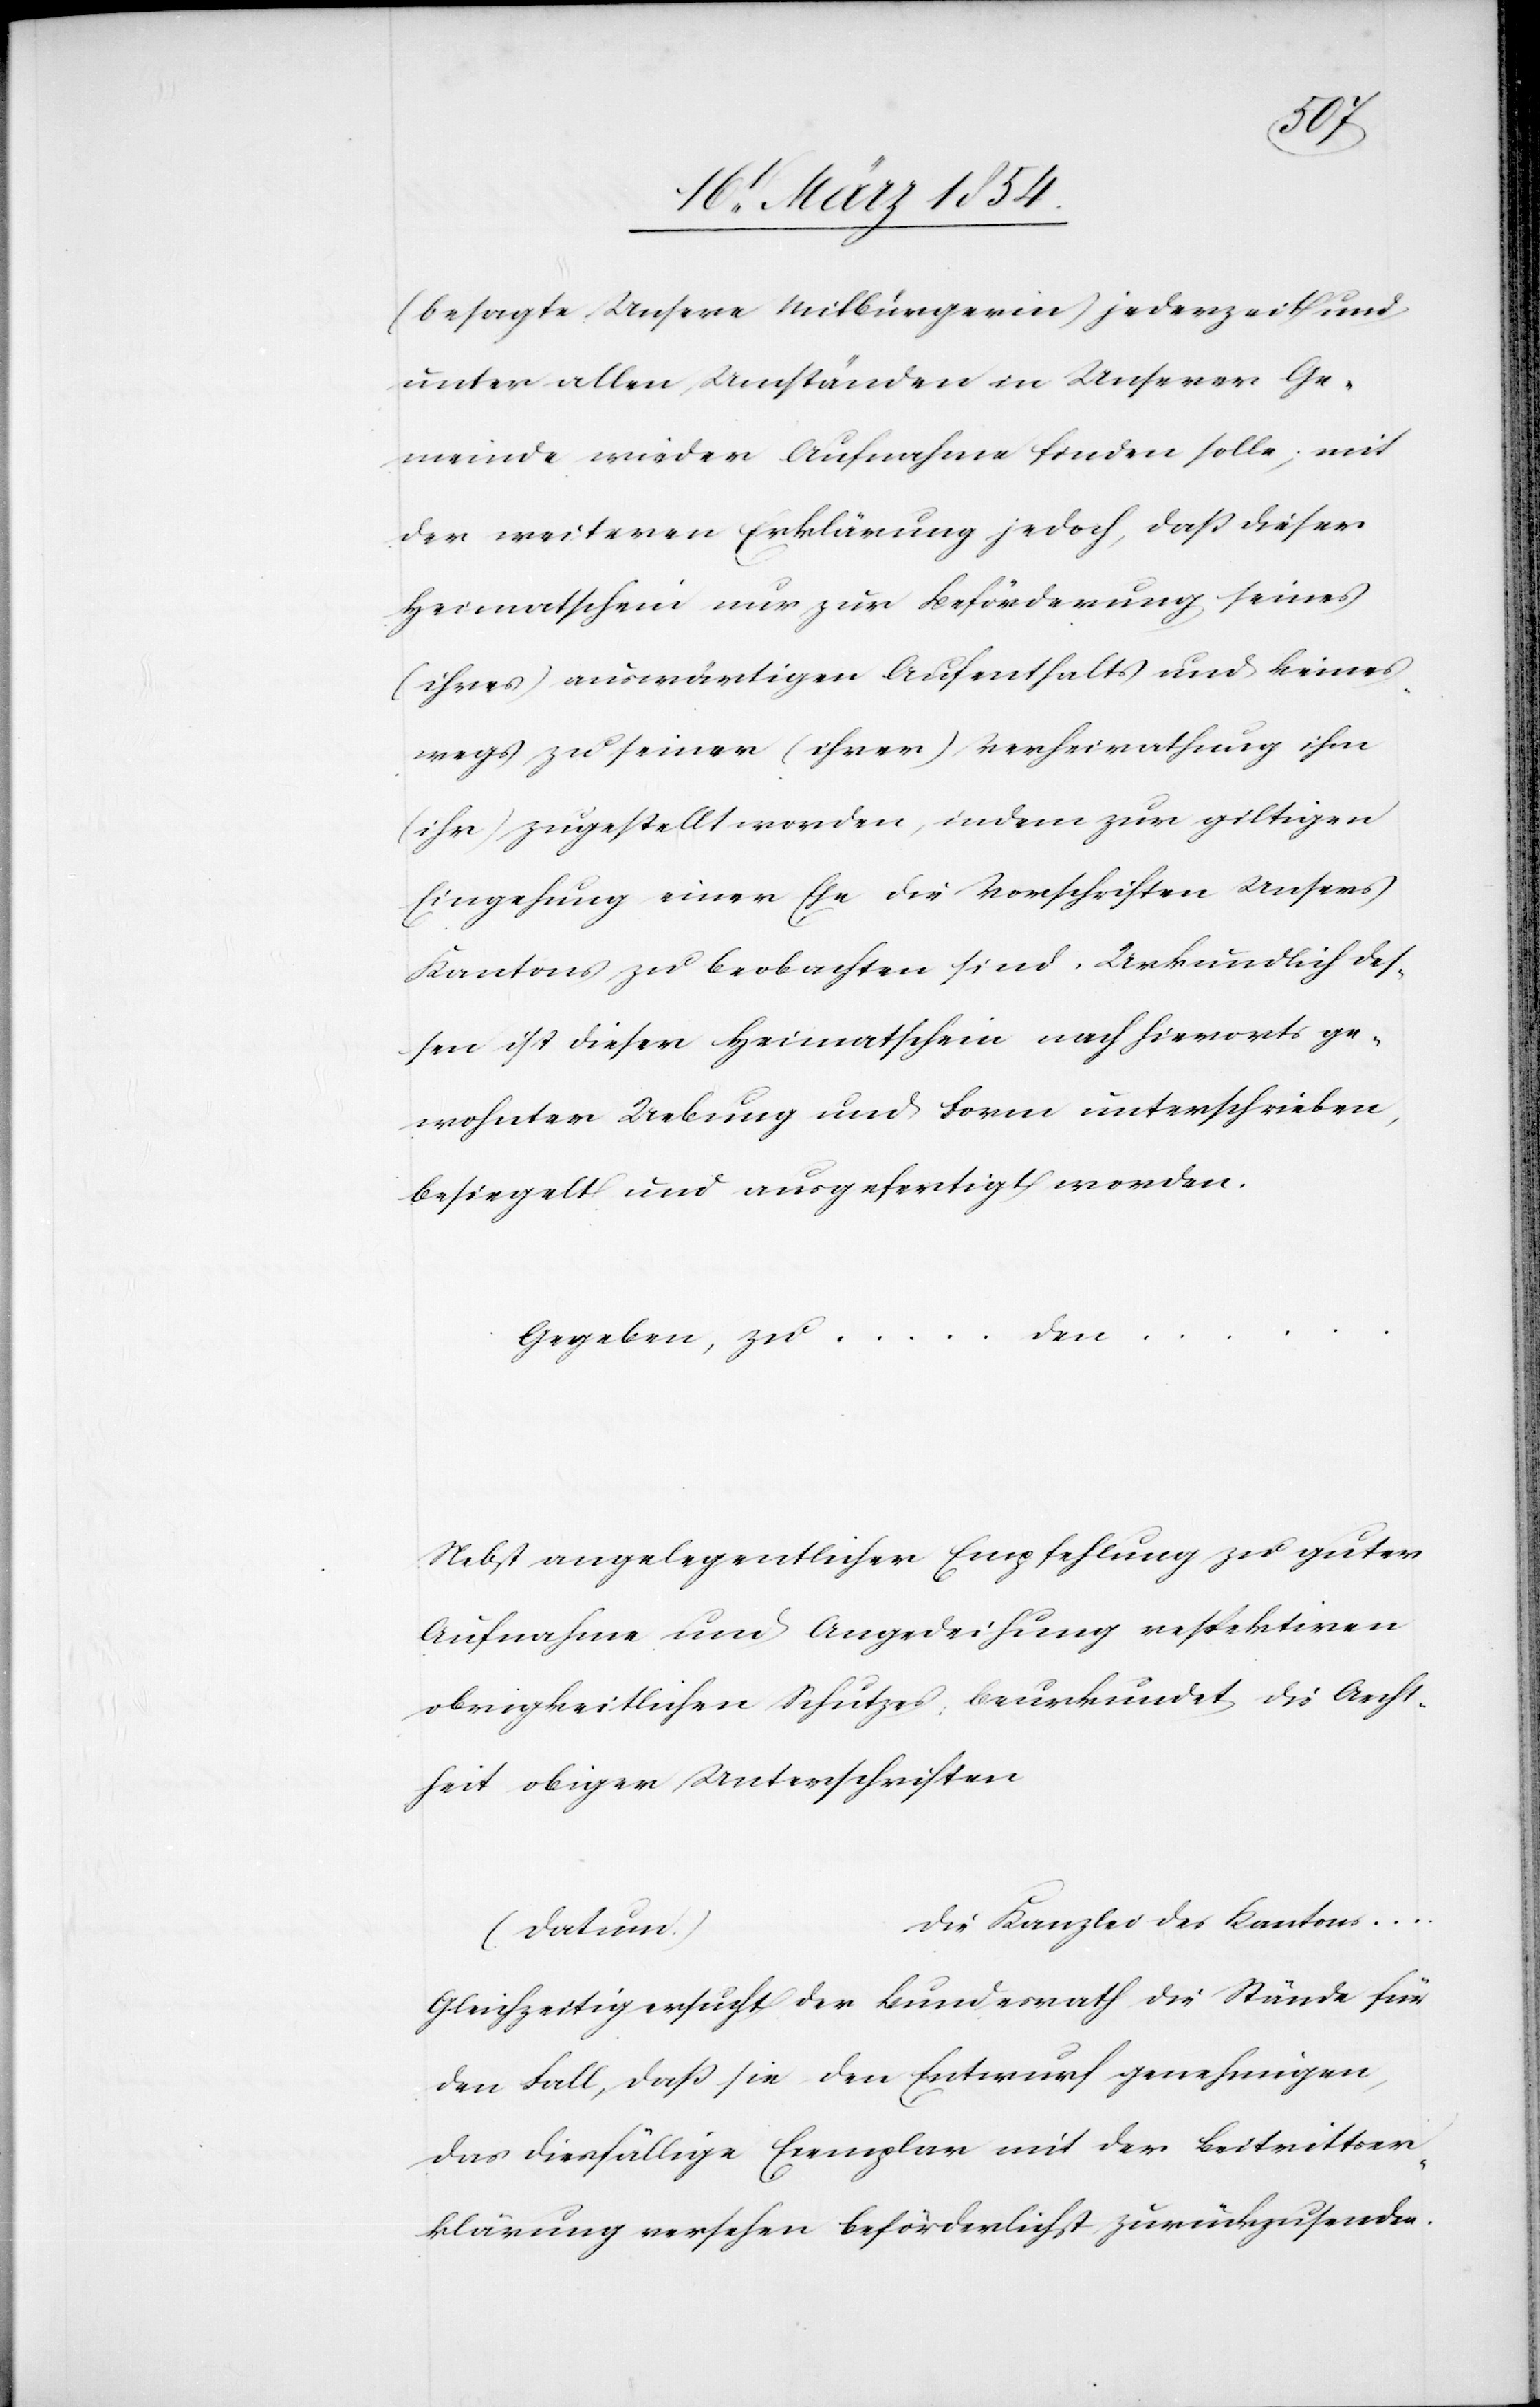
(besagte Unsere Mitbürgerin) jederzeit und
unter allen Umständen in Unserer Ge¬
meinde wieder Aufnahme finden solle; mit
der weiteren Erklärung jedoch, daß dieser
Heimatschein nur zur Beförderung seines
(ihres) auswärtigen Aufenthalts und keines¬
wegs zu seiner (ihrer) Verheirathung ihm
(ihr) zugestellt worden, indem zur giltigen
Eingehung einer Ehe die Vorschriften Unsers
Kantons zu beobachten sind. Urkundlich des¬
sen ist dieser Heimatschein nach hierorts ge¬
wohnter Uebung und Form unterschrieben,
besiegelt und ausgefertigt worden.
…
Gegeben, zu … den
Nebst angelegentlicher Empfehlung zu guter
Aufnahme und Angedeihung respektirenden
obrigkeitlichen Schutzes, beurkundet die Aecht¬
heit obiger Unterschriften
Gleichzeitig ersucht der Bundesrath die Stände für
den Fall, daß sie den Entwurf genehmigen,
das diesfällige Exemplar mit der Beitrittser¬
klärung versehen beförderlichst zurückzusenden.